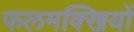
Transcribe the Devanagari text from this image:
फलमक्खियों